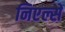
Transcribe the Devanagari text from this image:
निएल्सें